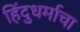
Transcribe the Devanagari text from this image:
हिंदुधर्माचा